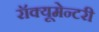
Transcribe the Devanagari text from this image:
रॉक्यूमेन्टरी